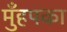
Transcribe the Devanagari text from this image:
मुँहपका